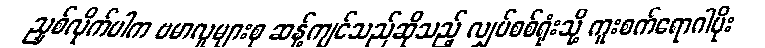
ညှစ်လိုက်ပါက ဗမာလူများစု ဆန့်ကျင်သည်ဆိုသည့် လျှပ်စစ်ရုံးသို့ ကူးစက်ရောဂါပိုး